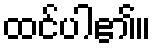
ထင်ပါ၏။